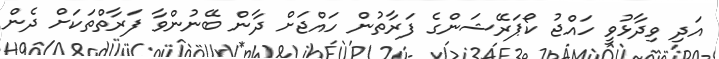
އަދި ވިދާޅުވީ ހައްޖު ކޯޕަރޭޝަންގެ ފަރާތުން ހައްޖަށް ދާން ބޭނުންވާ ފަރާތްތަކަށް ދެން